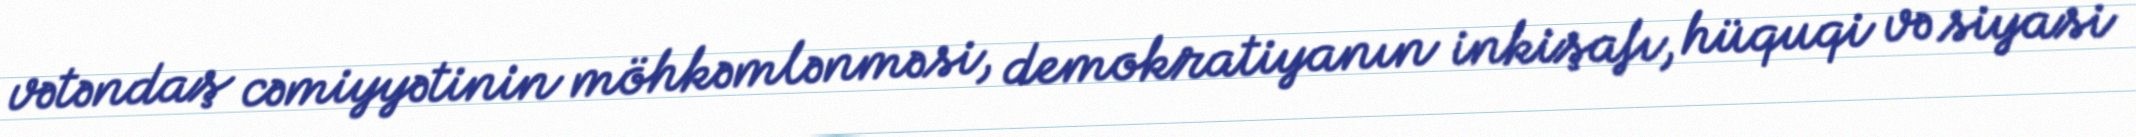
vətəndaş cəmiyyətinin möhkəmlənməsi, demokratiyanın inkişafı, hüquqi və siyasi